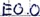
Text: E0.0